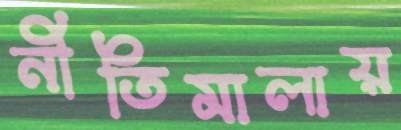
নীতিমালায়